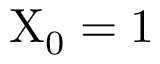
\mathrm { X } _ { 0 } = 1